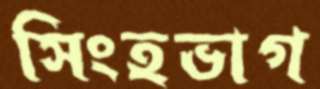
সিংহভাগ